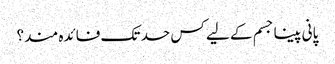
پانی پینا جسم کے لیے کس حد تک فائدہ مند؟